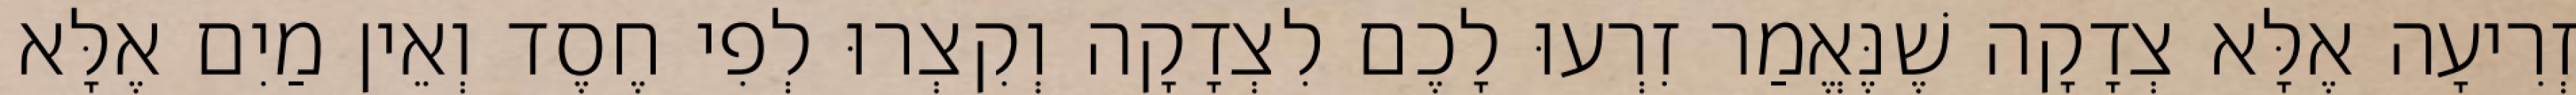
זְרִיעָה אֶלָּא צְדָקָה שֶׁנֶּאֱמַר זִרְעוּ לָכֶם לִצְדָקָה וְקִצְרוּ לְפִי חֶסֶד וְאֵין מַיִם אֶלָּא